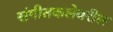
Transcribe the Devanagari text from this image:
संगीतकलेवरील